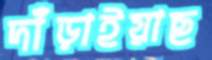
দাঁড়াইয়াছ